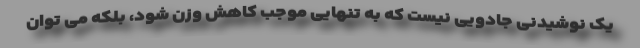
یک نوشیدنی جادویی نیست که به تنهایی موجب کاهش وزن شود، بلکه می توان